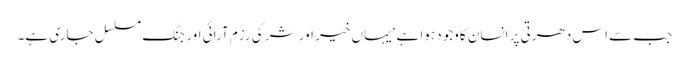
جب سے اس دھرتی پر انسان کاوجود ہوا ہے‘ یہاں خیر اور شر کی رزم آرائی اور جنگ مسلسل جاری ہے۔